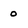
Character: o